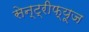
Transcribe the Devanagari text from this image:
सेन्ट्रीफ्यूज